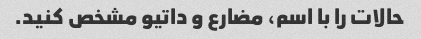
حالات را با اسم، مضارع و داتیو مشخص کنید.